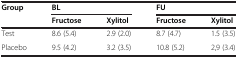
<table><thead><tr><td><b>Group</b></td><td colspan="2"><b>BL</b></td><td colspan="2"><b>FU</b></td></tr><tr><td><b> </b></td><td><b>Fructose</b></td><td><b>Xylitol</b></td><td><b>Fructose</b></td><td><b>Xylitol</b></td></tr></thead><tbody><tr><td>Test</td><td>8.6 (5.4)</td><td>2.9 (2.0)</td><td>8.7 (4.7)</td><td>1.5 (3.5)</td></tr><tr><td>Placebo</td><td>9.5 (4.2)</td><td>3.2 (3.5)</td><td>10.8 (5.2)</td><td>2,9 (3.4)</td></tr></tbody></table>